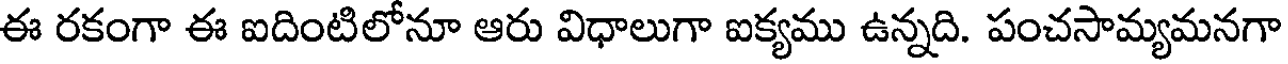
ఈ రకంగా ఈ ఐదింటిలోనూ ఆరు విధాలుగా ఐక్యము ఉన్నది. పంచసామ్యమనగా